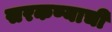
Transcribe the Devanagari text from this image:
सरकण्याची